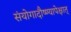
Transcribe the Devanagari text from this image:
संयोगादौष्ण्यापेक्षात्